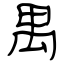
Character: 禺